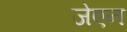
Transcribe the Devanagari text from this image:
जेएन